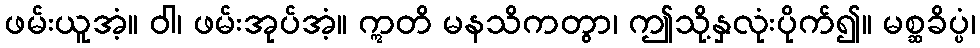
ဖမ်းယူအံ့။ ဝါ၊ ဖမ်းအုပ်အံ့။ ဣတိ မနသိကတွာ၊ ဤသို့နှလုံးပိုက်၍။ မစ္ဆခိပ္ပံ၊